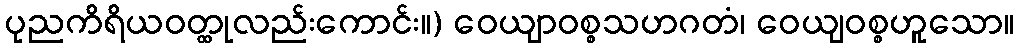
ပုညကိရိယဝတ္ထုလည်းကောင်း။) ဝေယျာဝစ္စသဟဂတံ၊ ဝေယျဝစ္စဟူသော။